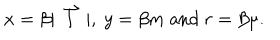
x = \beta | \stackrel { \rightharpoonup } { l } | , \ y = \beta m \ \mathrm { a n d } \ r = \beta \mu .